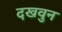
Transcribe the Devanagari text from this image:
दखवुन